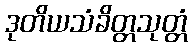
ဒုတိယသံခိတ္တသုတ္တံ